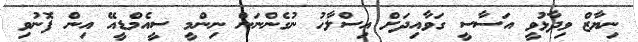
ނިޔާޒް ވިދާޅުވީ އަސާސީ ގަވާއިދަށް އިސްލާހު ނުގެންނަން ނިންމީ ސީއެމްޑީއޭ އިން ފޮނުވި